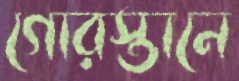
গোরস্তানে